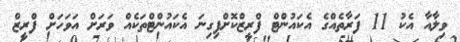
ވިލާއާ އެކު 11 ފަރާތެއްގެ އެކައުންޓް ފްރީޒްކޮށްފިގިނަ އެކައުންޓްތަކެއް ވަރަށް އަވަހަށް ފްރީޒް